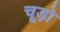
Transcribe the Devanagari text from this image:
चूड़ो